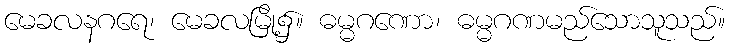
မေခလနဂရေ၊ မေခလမြို့၌။ ဓမ္မဂဏော၊ ဓမ္မဂဏမည်သောသူသည်။